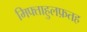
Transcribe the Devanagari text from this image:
मिफ्ताहुलफ़तह